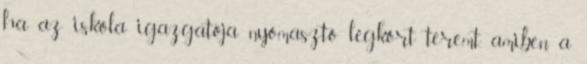
ha az iskola igazgatója nyomasztó légkört teremt, amiben a